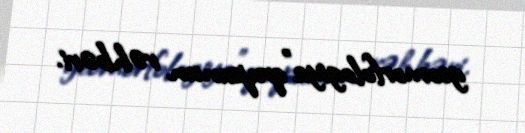
geomorfologiya"qrupunun rəhbəri.